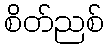
စိတ်ညစ်